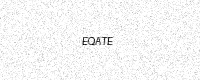
Text: EQATE